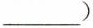
___）